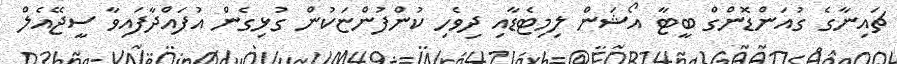
ޗައިނާގެ ގުއަންޑޮންގް ބީޓާ އޯޝަން ލިމިޓެޑާއި ދިވެހި ކުންފުންޏަކުން ގުޅިގެން އުފައްދާފައިވާ ސީޖޭއެލް